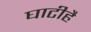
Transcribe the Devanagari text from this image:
घाटीहै